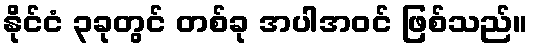
နိုင်ငံ ၃ခုတွင် တစ်ခု အပါအဝင် ဖြစ်သည်။